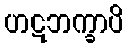
ဟဋဘက္ခာပိ